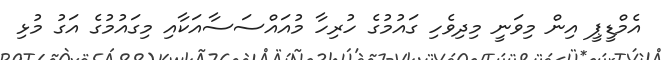
އެމްޑީޕީ އިން މިވަނީ މިދިވެހި ގައުމުގެ ހުރިހާ މުއައްސަސާއަކާއި މިގައުމުގެ އަގު މުޅި